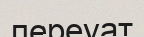
переуат